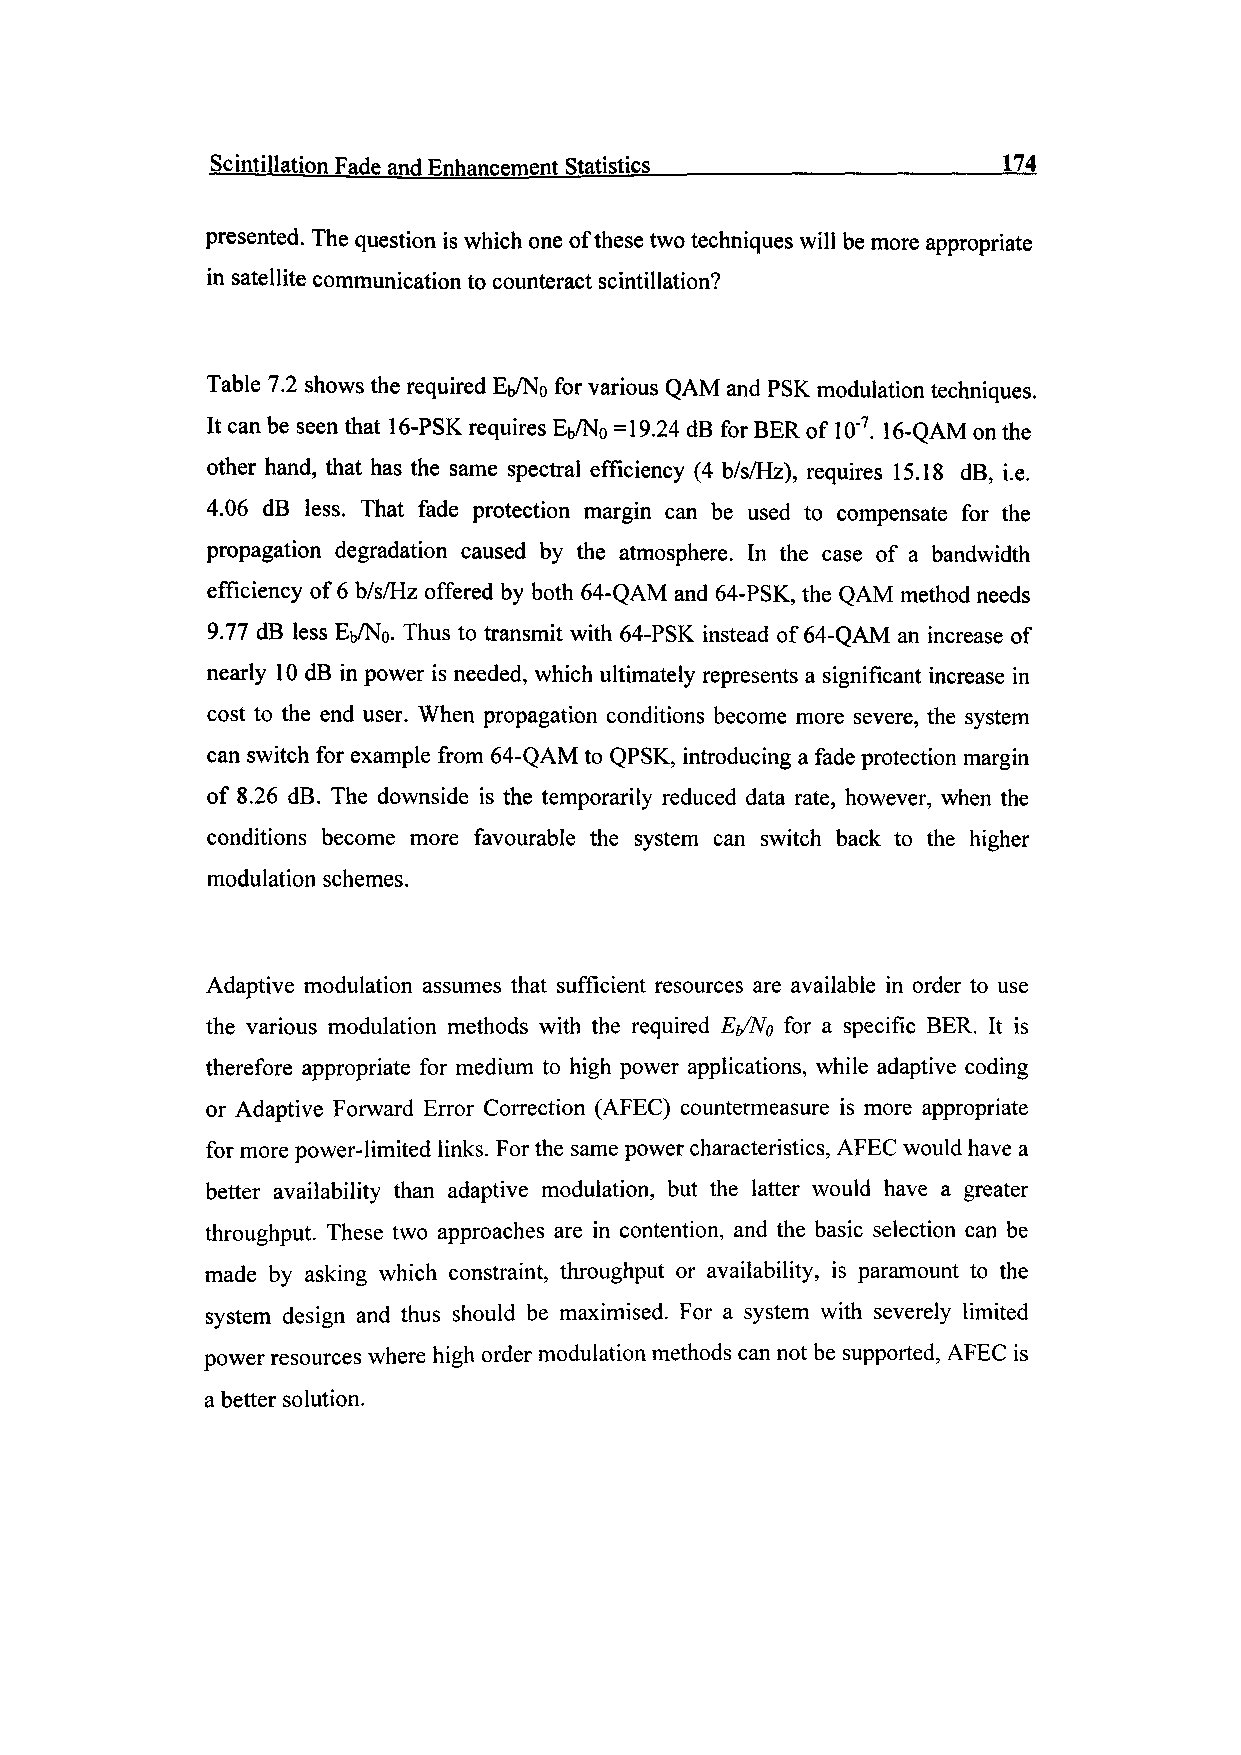
Scintillation Fade and Enhancement Statistics.____________________174
 presented. The question is which one of these two techniques will be more appropriate
 in satellite communication to counteract scintillation?
 Table 7.2 shows the required Eb/No for various QAM and PSK modulation techniques.
 It can be seen that 16-PSK requires Eb/N0 =19.24 dB for BER of 10~7. 16-QAM on the
 other hand, that has the same spectral efficiency (4 b/s/Hz), requires 15.18 dB, i.e.
 4.06 dB less. That fade protection margin can be used to compensate for the
 propagation degradation caused by the atmosphere. In the case of a bandwidth
 efficiency of 6 b/s/Hz offered by both 64-QAM and 64-PSK, the QAM method needs
 9.77 dB less Eb/N0. Thus to transmit with 64-PSK instead of 64-QAM an increase of
 nearly 10 dB in power is needed, which ultimately represents a significant increase in
 cost to the end user. When propagation conditions become more severe, the system
 can switch for example from 64-QAM to QPSK, introducing a fade protection margin
 of 8.26 dB. The downside is the temporarily reduced data rate, however, when the
 conditions become more favourable the system can switch back to the higher
 modulation schemes.
 Adaptive modulation assumes that sufficient resources are available in order to use
 the various modulation methods with the required Eb/No for a specific BER. It is
 therefore appropriate for medium to high power applications, while adaptive coding
 or Adaptive Forward Error Correction (AFEC) countermeasure is more appropriate
 for more power-limited links. For the same power characteristics, AFEC would have a
 better availability than adaptive modulation, but the latter would have a greater
 throughput. These two approaches are in contention, and the basic selection can be
 made by asking which constraint, throughput or availability, is paramount to the
 system design and thus should be maximised. For a system with severely limited
 power resources where high order modulation methods can not be supported, AFEC is
 a better solution.